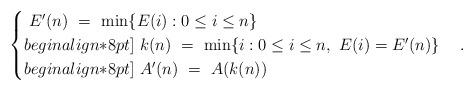
LaTeX: \begin{align*}\begin{cases}\ E^\prime(n) \ = \ \min\{E(i) : 0 \leq i \leq n\} \\begin{align*}8pt]\ k(n) \ = \ \min\{i : 0 \leq i \leq n, \ E(i) = E^\prime(n)\} \\begin{align*}8pt]\ A^\prime(n) \ = \ A(k(n))\end{cases}.\end{align*}